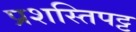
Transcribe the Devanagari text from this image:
प्रशस्तिपट्ट